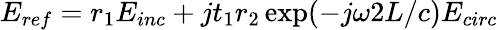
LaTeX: E_{ref}=r_{1}E_{inc}+jt_{1}r_{2}\exp(-j\omega 2L/c)E_{circ}